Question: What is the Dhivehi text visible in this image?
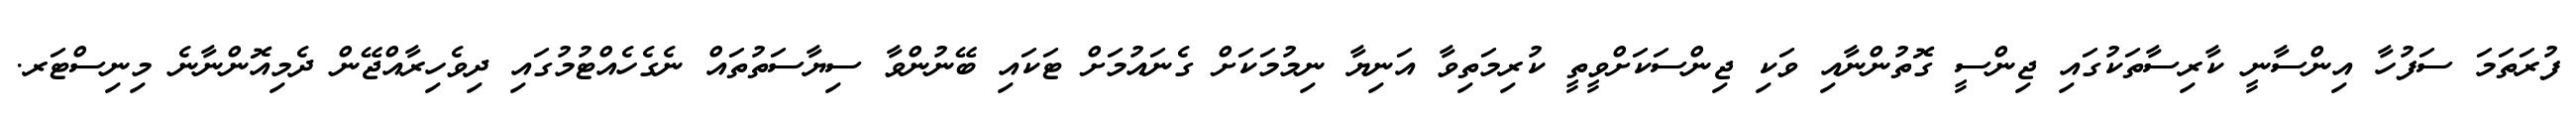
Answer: ފުރަތަމަ ސަފުހާ އިންސާނީ ކާރިސާތަކުގައި ޖިންސީ ގޮތުންނާއި ވަކި ޖިންސަކަށްވީތީ ކުރިމަތިވާ އަނިޔާ ނިމުމަކަށް ގެނައުމަށް ޓަކައި ބޭނުންވާ ސިޔާސަތުތައް ނެގެހެއްޓުމުގައި ދިވެހިރާއްޖޭން ދެމިއޮންނާނެ މިނިސްޓަރ.